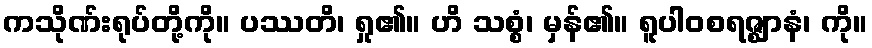
ကသိုဏ်းရုပ်တို့ကို။ ပဿတိ၊ ရှု၏။ ဟိ သစ္စံ၊ မှန်၏။ ရူပါဝစရဇ္ဈာနံ၊ ကို။